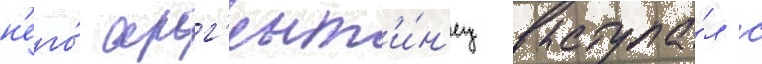
н'его́ арг'ент'и́н'ец выступа́л с